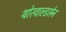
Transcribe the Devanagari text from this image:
थोरवाल्डसेन